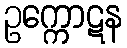
ဥက္ကောဋန